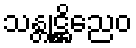
သန္တုဋ္ဌိညေဝ